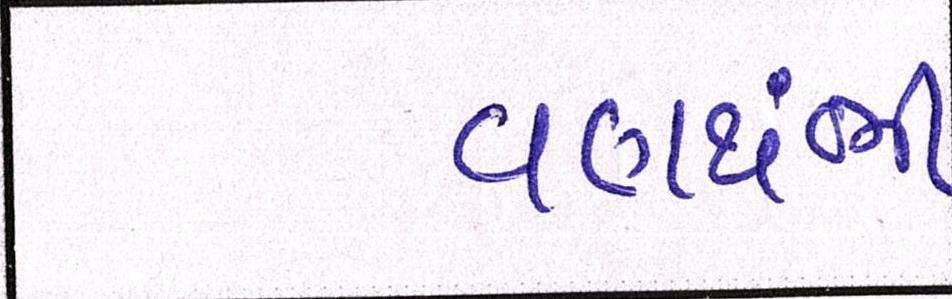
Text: વણથંભી